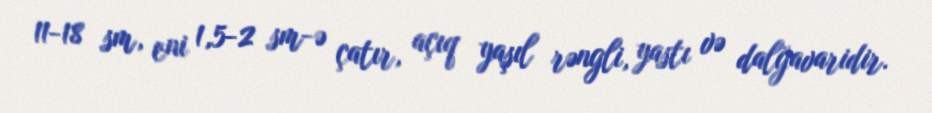
11-18 sm, eni 1,5-2 sm-ə çatır, açıq yaşıl rəngli, yastı və dalğavaridir.